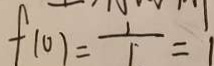
f ( 0 ) = \frac { 1 } { 1 } = 1